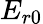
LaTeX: {E_{r0}}